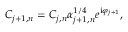
C _ { j + 1 , n } = C _ { j , n } \alpha _ { j + 1 , n } ^ { 1 / 4 } e ^ { \mathrm { i } \varphi _ { j + 1 } } ,